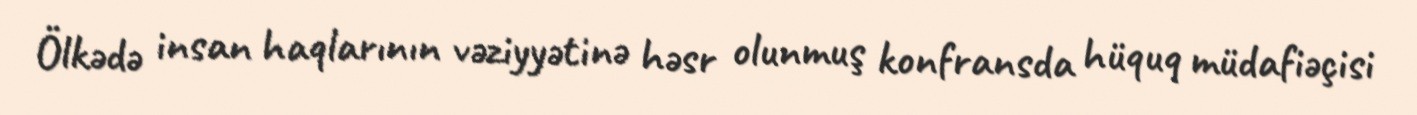
Ölkədə insan haqlarının vəziyyətinə həsr olunmuş konfransda hüquq müdafiəçisi